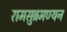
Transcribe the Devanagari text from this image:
रामसुब्रमण्यन